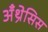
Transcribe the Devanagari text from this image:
अँथ्रेसिस